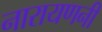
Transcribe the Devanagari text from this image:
नारायणनी